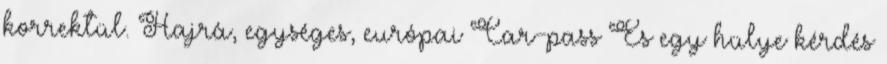
korrektül. Hajrá, egységes, európai Car-pass És egy hülye kérdés